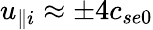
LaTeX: u_{\parallel i}\approx\pm 4c_{se0}